Annual administration report of the Civil Veterinary Department of India - 1892-1893
Year: 1892
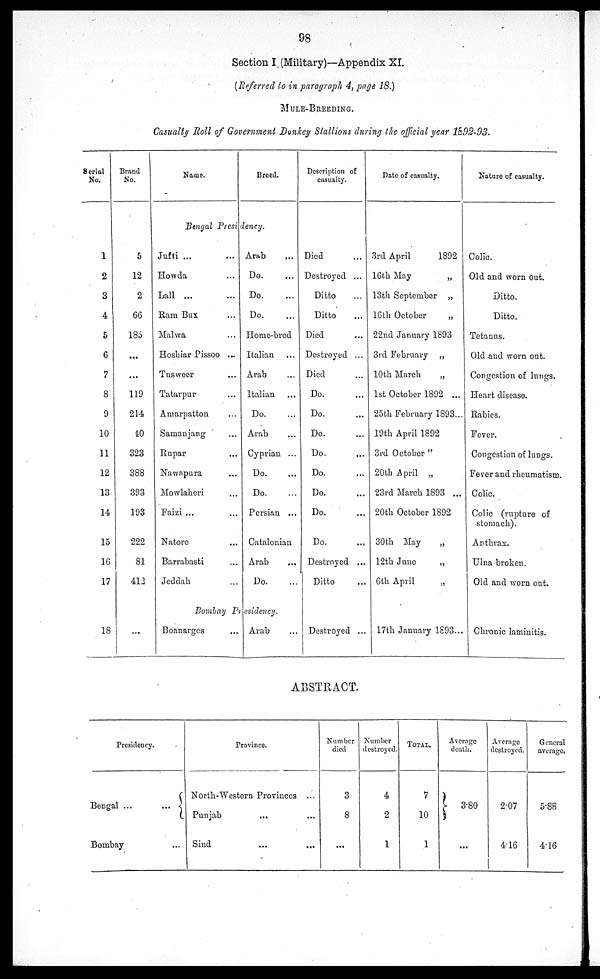
98
Section I (Military)—Appendix XI.
(Referred to in paragraph 4, page 18.)
MULE-BREEDING.
Casualty Roll of Government Donkey Stallions during the official year 1892-93.
Serial
No.
1
2
3
4
5
6
7
8
9
10
11
12
13
14
15
16
17
18
Brand
No.
5
12
2
66
185
...
...
119
214
40
323
388
393
193
222
81
412
...
Name.
Breed.
Bengal Presidency.
Jufti ... ...
Howda ...
Lall ... ...
Ram Bux ...
Malwa ...
Hoshiar Pissoo ...
Tusweer ...
Tatarpur ...
Amarpatton ...
Samanjang ...
Rupar ...
Nawapura ...
Mowlaheri ...
Faizi ... ...
Natore ...
Barrabasti ...
Jeddah ...
Arab ...
Do. ...
Do. ...
Do. ...
Homo-bred
Italian ...
Arab ...
Italian ...
Do. ...
Arab ...
Cyprian ...
Do. ...
Do. ...
Persian ...
Catalonian
Arab ...
Do. ...
Bombay Presidency.
Boanarges ...
Arab ...
Description of
casualty.
Died ...
Destroyed ...
Ditto ...
Ditto ...
Died ...
Destroyed ...
Died ...
Do. ...
Do. ...
Do. ...
Do. ...
Do. ...
Do. ...
Do. ...
Do. ...
Destroyed ...
Ditto ...
Destroyed ...
Date of casualty.
3rd April
1892
16th May
„
13th September „
16th October
„
22nd January 1893
3rd February „
10th March
„
1st October 1892 ...
25th February 1893...
19th April 1892
3rd October „
20th April „
23rd March 1893 ...
20th October 1892
30th May„
12th June
„
6th April
„
17th January 1893 ...
Nature of casualty.
Colic.
Old and worn out.
Ditto.
Ditto.
Tetanus.
Old and worn out.
Congestion of lungs.
Heart disease.
Rabies.
Fever.
Congestion of lungs.
Fever and rheumatism.
Colic.
Colic (rupture of
stomach).
Anthrax.
Ulna broken.
Old and worn out.
Chronic laminitis.
ABSTRACT.
Presidency.
Bengal ...
...
Bombay ...
Province.
North-Western Provinces ...
Punjab ... ...
Sind ... ...
Number
died
3
8
...
Number
destroyed.
4
2
1
TOTAL.
7
10
1
Average
death.
3.80
...
Average
destroyed.
2.07
4.16
General
average.
5.88
4.16